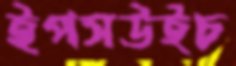
ইপসউইচ